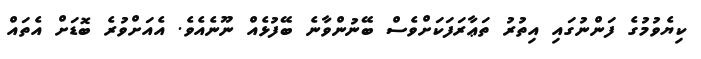
ކިޔެވުމުގެ ފަންނުގައި އިތުރު ތަޢާރަފަކަށްވެސް ބޭނުންވާނެ ބޭފުޅެއް ނޫނެއެވެ. އެއަށްވުރެ ބޮޑަށް އެތައް